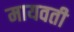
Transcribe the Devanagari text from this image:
मायवती